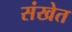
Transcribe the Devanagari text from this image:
संखेत